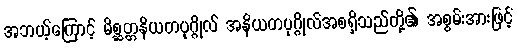
အဘယ့်ကြောင့် မိစ္ဆတ္တနိယတပုဂ္ဂိုလ် အနိယတပုဂ္ဂိုလ်အစရှိသည်တို့၏ အစွမ်းအားဖြင့်